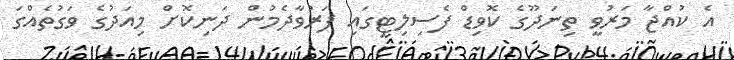
އެ ކުއްޖާ މަރުވީ ތިނަދޫގެ ކޮވިޑް ފެސިލިޓީގައި ފަރުވާދެމުން ދަނިކޮށް މިއަދުގެ ވަގުތެއްގަ